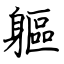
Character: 軀